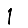
Digit: 1